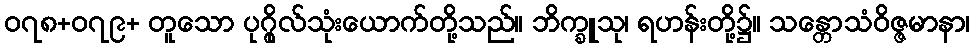
၀၇၈+၀၇၉+ တူသော ပုဂ္ဂိုလ်သုံးယောက်တို့သည်။ ဘိက္ခူသု၊ ရဟန်းတို့၌။ သန္တောသံဝိဇ္ဇမာနာ၊